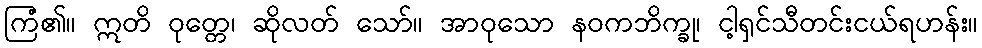
ကြံ၏။ ဣတိ ဝုတ္တေ၊ ဆိုလတ် သော်။ အာဝုသော နဝကဘိက္ခု၊ ငါ့ရှင်သီတင်းငယ်ရဟန်း။